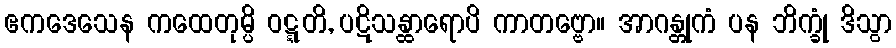
ဧကဒေသေန ကထေတုမ္ပိ ဝဋ္ဋတိ, ပဋိသန္ထာရောပိ ကာတဗ္ဗော။ အာဂန္တုကံ ပန ဘိက္ခုံ ဒိသွာ